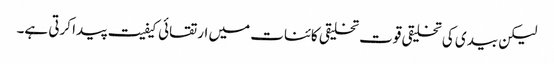
لیکن بیدی کی تخلیقی قوت تخلیقی کائنات میں ارتقائی کیفیت پیدا کرتی ہے۔